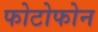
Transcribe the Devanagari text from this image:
फोटोफोन